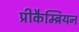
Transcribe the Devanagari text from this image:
प्रीकैम्ब्रियन